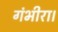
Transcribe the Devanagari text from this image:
गंभीरा।